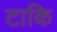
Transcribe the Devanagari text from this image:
टाकि